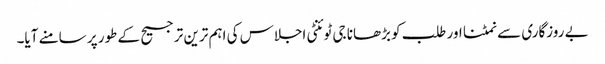
بے روزگاری سے نمٹنا اور طلب کو بڑھانا جی ٹوئنٹی اجلاس کی اہم ترین ترجیح کے طور پر سامنے آیا۔